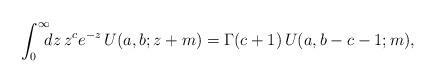
LaTeX: \begin{align*}\int_0^\infty\!\!\!dz\, z^c e^{-z}\,U(a,b;z+m)=\Gamma(c+1)\,U(a,b-c-1;m),\end{align*}